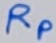
Text: RP